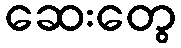
ဆေးတွေ